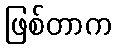
ဖြစ်တာက